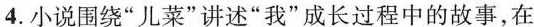
4.小说围绕“儿菜”讲述“我”成长过程中的故事,在